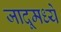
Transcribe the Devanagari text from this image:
जादूमध्ये